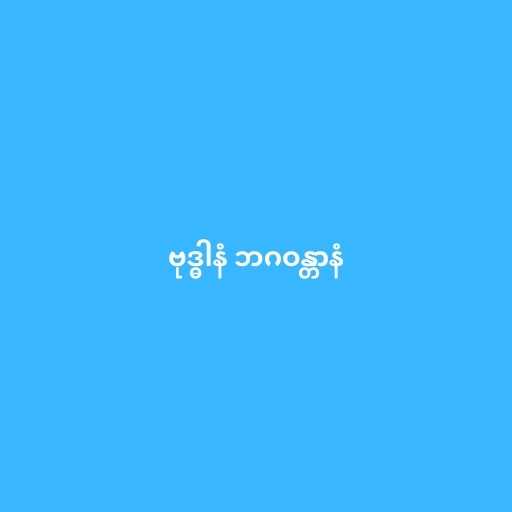
ဗုဒ္ဓါနံ ဘဂဝန္တာနံ